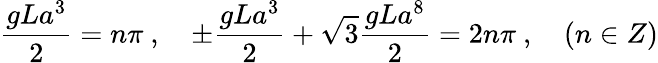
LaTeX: \frac{gLa^{3}}{2}=n\pi\ ,\quad\pm\frac{gLa^{3}}{2}+\sqrt{3}\frac{gLa^{8}}{2}=2n\pi\ ,\quad(n\in Z)